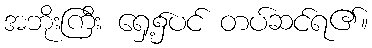
အဘိုးကြီး ရှေ့၌ပင် တပ်ဆင်ရ၏။